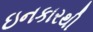
ઇનકારથી